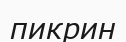
пикрин